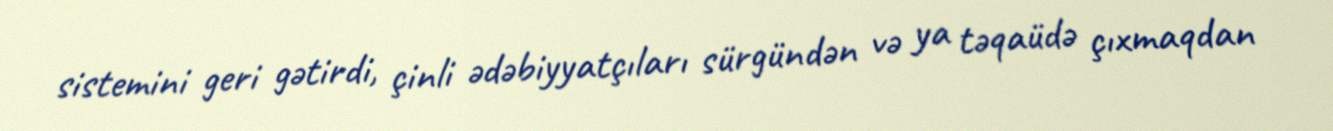
sistemini geri gətirdi, çinli ədəbiyyatçıları sürgündən və ya təqaüdə çıxmaqdan